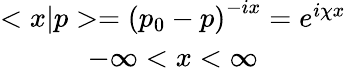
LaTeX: \begin{array}{c}{{<x|p>=\left(p_{0}-p\right)^{-ix}=e^{i\chi x}}}\\ {{-\infty<x<\infty}}\end{array}